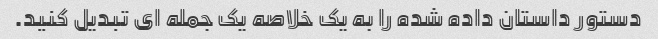
دستور داستان داده شده را به یک خلاصه یک جمله ای تبدیل کنید.